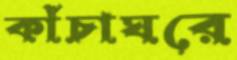
কাঁচাঘরে